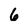
Character: 6